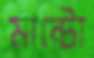
মান্টো